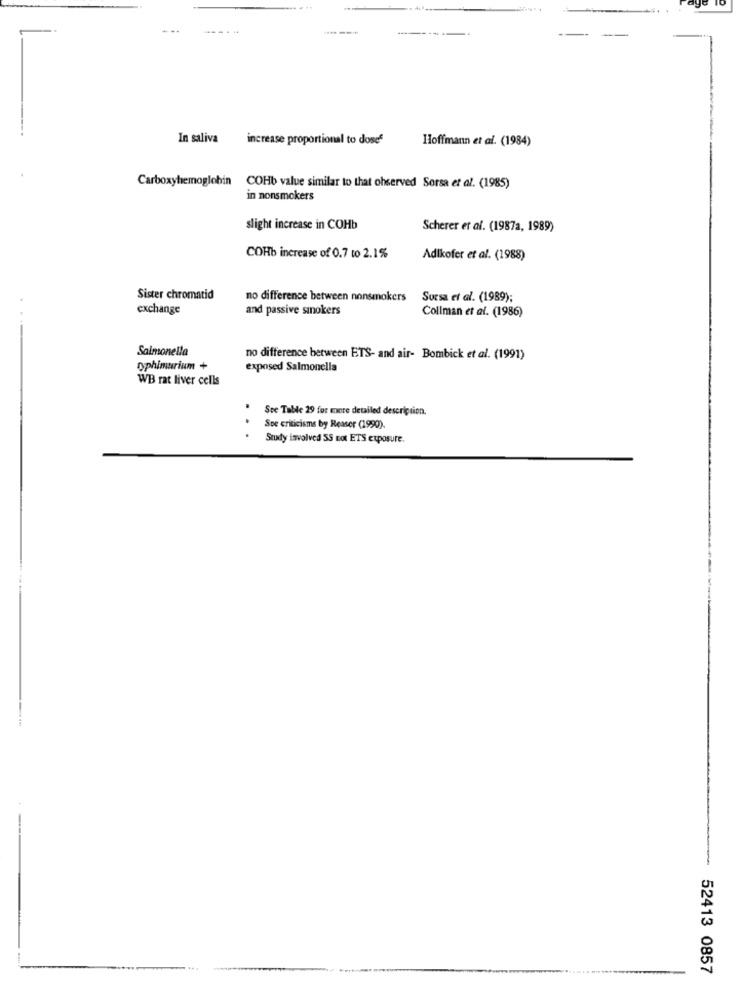
-----
In saliva
increase proportional to doses
Hoffmann et al. (1984)
Carboxyhemoglobin
COHb value similar to that observed Sorsa et al. (1985)
in nonsmokers
slight increase in COHb
Scherer et al. (1987a, 1989)
COHb increase of 0.7 to 2.1%
Adlkofer et al. (1988)
Sister chromatid
no difference between nonsmokers
Sursa et al. (1989);
exchange
and passive sinokers
Collman et al. (1986)
Salmonella
no difference between ETS- and air- Bombick et al. (1991)
typhimurium +
exposed Salmonella
WB rat liver cells
See Table 29 for more detailed description.
Sve criticisms by Reaser (1990).
Study involved SS not ETS exposure.
52413 0857